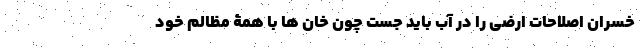
خسران اصلاحات ارضی را در آب باید جُست چون خان ها با همۀ مظالم خود